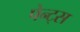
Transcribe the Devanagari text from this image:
पेन्ट्‌स